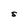
Character: S